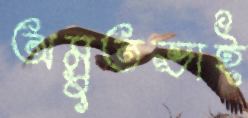
অম্রুতভাই